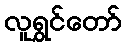
လူရွှင်တော်